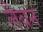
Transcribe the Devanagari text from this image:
लैवन